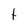
Character: t